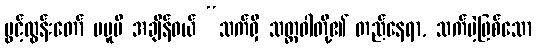
ပွင့်ထွန်းတော် မမူမီ အချိန်ဝယ် “သက်ရှိ သတ္တဝါတို့၏ တည်နေရာ, သက်မဲ့ဖြစ်သော